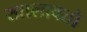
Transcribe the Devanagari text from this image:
खालावतो